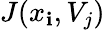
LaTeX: J(x_{\mathbf{i}},V_{j})